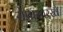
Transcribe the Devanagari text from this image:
रोपासारखे